Vaccination United Provinces of Agra and Oudh 1923-1928 - 1923-1928
Year: 1923
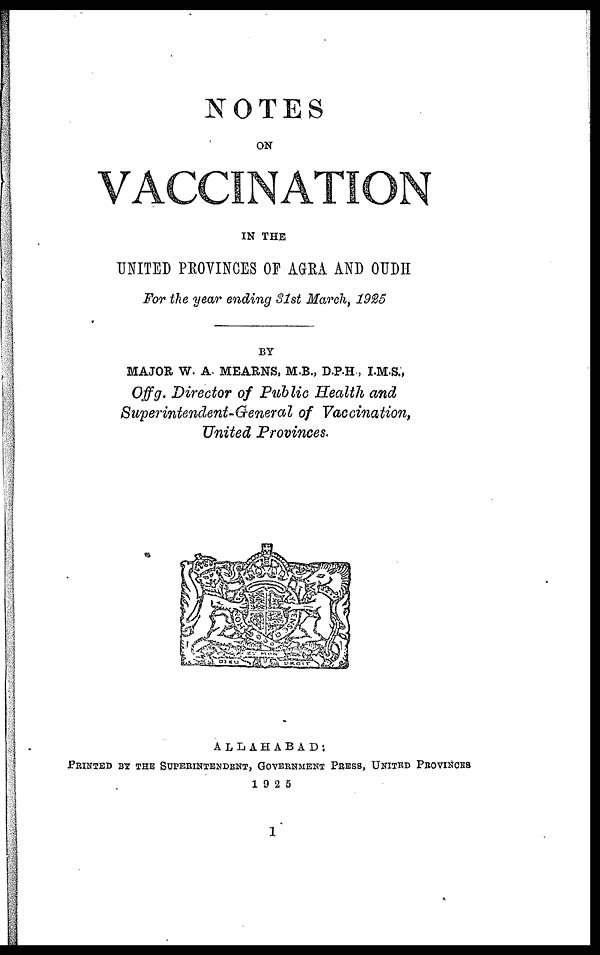
NOTES
ON
VACCINATION
IN THE
UNITED PROVINCES OF AGRA AND OUDH
For the year ending 31st March,
1925
BY
MAJOR W. A. MEARNS, M.B., D.P.H, I.M.S.,
Offg. Director of Public Health and
Superintendent-General of Vaccination,
United Provinces.
ALLAHABAD:
PRINTED BY THE SUPERINTEDENT, GOVERNMENT PRESS, UNITED PROVINCES
1925
1